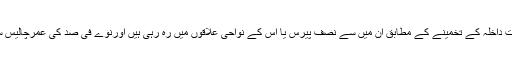
فرانسیسی وزارت داخلہ کے تخمینے کے مطابق ان میں سے نصف پیرس یا اس کے نواحی علاقوں میں رہ رہی ہیں اورنوے فی صد کی عمرچالیس سال سے کم ہے۔